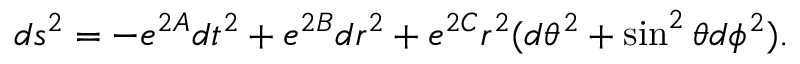
d s ^ { 2 } = - e ^ { 2 A } d t ^ { 2 } + e ^ { 2 B } d r ^ { 2 } + e ^ { 2 C } r ^ { 2 } ( d \theta ^ { 2 } + \sin ^ { 2 } \theta d \phi ^ { 2 } ) .